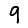
Digit: 9